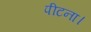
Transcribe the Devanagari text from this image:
पीटना।